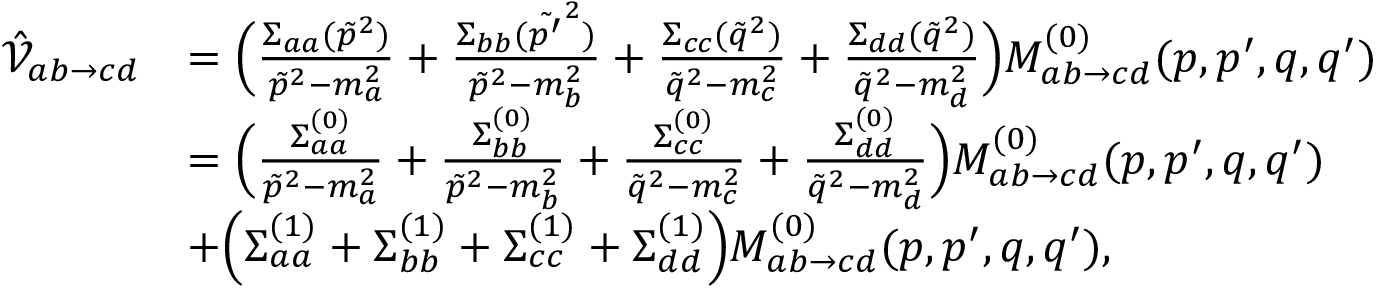
\begin{array} { r l } { \hat { \mathcal { V } } _ { a b \to c d } } & { = \Bigl ( \frac { \Sigma _ { a a } ( \tilde { p } ^ { 2 } ) } { \tilde { p } ^ { 2 } - m _ { a } ^ { 2 } } + \frac { \Sigma _ { b b } ( \tilde { p ^ { \prime } } ^ { 2 } ) } { \tilde { p } ^ { 2 } - m _ { b } ^ { 2 } } + \frac { \Sigma _ { c c } ( \tilde { q } ^ { 2 } ) } { \tilde { q } ^ { 2 } - m _ { c } ^ { 2 } } + \frac { \Sigma _ { d d } ( \tilde { q } ^ { 2 } ) } { \tilde { q } ^ { 2 } - m _ { d } ^ { 2 } } \Bigr ) M _ { a b \to c d } ^ { ( 0 ) } ( p , p ^ { \prime } , q , q ^ { \prime } ) } \\ & { = \Bigl ( \frac { \Sigma _ { a a } ^ { ( 0 ) } } { \tilde { p } ^ { 2 } - m _ { a } ^ { 2 } } + \frac { \Sigma _ { b b } ^ { ( 0 ) } } { \tilde { p } ^ { 2 } - m _ { b } ^ { 2 } } + \frac { \Sigma _ { c c } ^ { ( 0 ) } } { \tilde { q } ^ { 2 } - m _ { c } ^ { 2 } } + \frac { \Sigma _ { d d } ^ { ( 0 ) } } { \tilde { q } ^ { 2 } - m _ { d } ^ { 2 } } \Bigr ) M _ { a b \to c d } ^ { ( 0 ) } ( p , p ^ { \prime } , q , q ^ { \prime } ) } \\ & { + \Bigl ( \Sigma _ { a a } ^ { ( 1 ) } + \Sigma _ { b b } ^ { ( 1 ) } + \Sigma _ { c c } ^ { ( 1 ) } + \Sigma _ { d d } ^ { ( 1 ) } \Bigr ) M _ { a b \to c d } ^ { ( 0 ) } ( p , p ^ { \prime } , q , q ^ { \prime } ) , } \end{array}